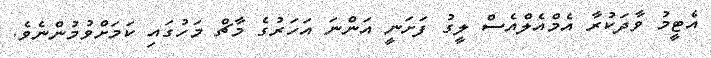
އެޓީމު ވާދަކުރާ އެމްއެލްއެސް ލީގު ފަށަނީ އަންނަ އަހަރުގެ މާޗް މަހުގައި ކަމަށްވުމުންނެވެ.